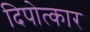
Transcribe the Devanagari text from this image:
दिपोत्कार